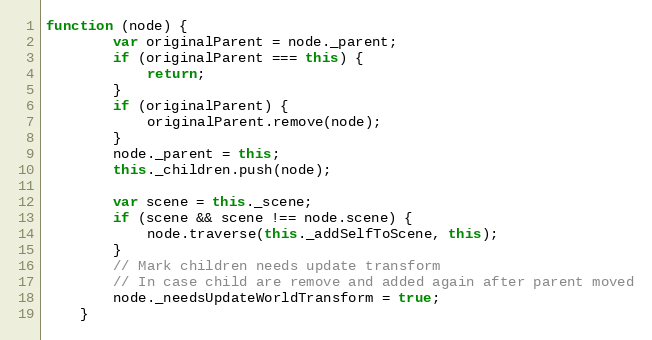
Language: JavaScript
function (node) {
        var originalParent = node._parent;
        if (originalParent === this) {
            return;
        }
        if (originalParent) {
            originalParent.remove(node);
        }
        node._parent = this;
        this._children.push(node);

        var scene = this._scene;
        if (scene && scene !== node.scene) {
            node.traverse(this._addSelfToScene, this);
        }
        // Mark children needs update transform
        // In case child are remove and added again after parent moved
        node._needsUpdateWorldTransform = true;
    }